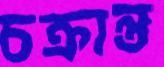
চক্রান্ত